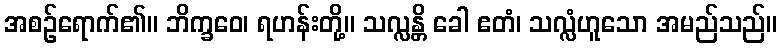
အစဉ်ရောက်၏။ ဘိက္ခဝေ၊ ရဟန်းတို့။ သလ္လန္တိ ခေါ ဧတံ၊ သလ္လံဟူသော အမည်သည်။